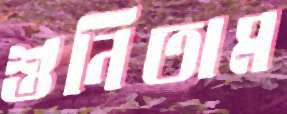
শুনিতাম